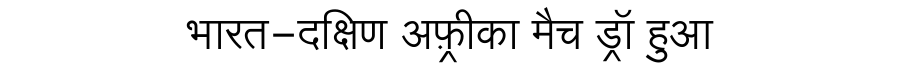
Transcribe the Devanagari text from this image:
भारत-दक्षिण अफ़्रीका मैच ड्रॉ हुआ